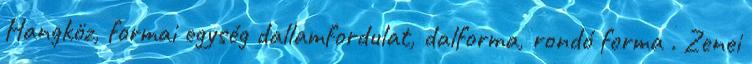
Hangköz, formai egység dallamfordulat, dalforma, rondó forma . Zenei